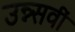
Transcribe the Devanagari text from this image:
उन्न्सवीं